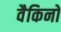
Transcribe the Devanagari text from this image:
वैकिनो